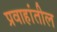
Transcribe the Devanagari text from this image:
प्रवाहांतील